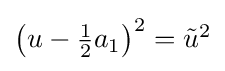
{\textstyle \left(u-{\frac {1}{2}}a_{1}\right)^{2}={\tilde {u}}^{2}}